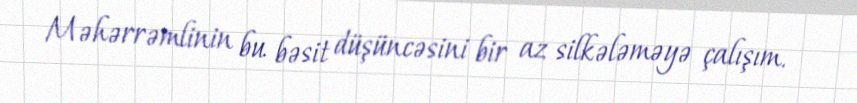
Məhərrəmlinin bu bəsit düşüncəsini bir az silkələməyə çalışım.